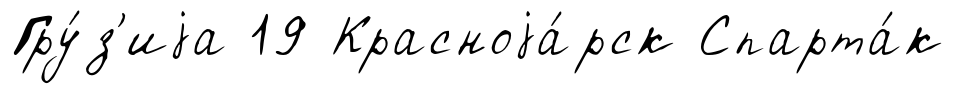
Гру́з'иjа 19 Красноjа́рск Спарта́к